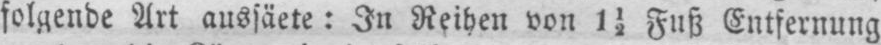
folgende Art aussäete: In Reihen von 1½ Fuß Entfernung